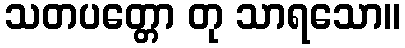
သတပတ္တော တု သာရသော။